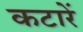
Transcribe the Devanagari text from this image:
कटारें